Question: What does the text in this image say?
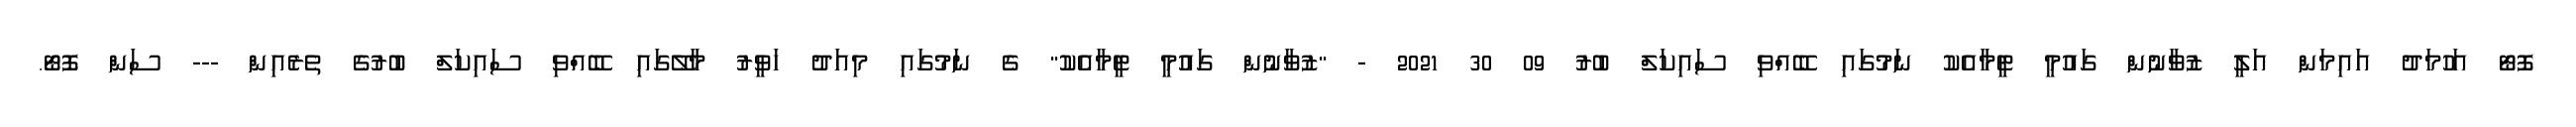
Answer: ފޮޓޯ އަހުމަދު އައިމަން އަލީ ޒުވާނުން ގައުމީ ޓީމާއެކު ނަމުގައި ބޭއްވި ސައިކަލް ބުރު 09 30 2021 - "ޒުވާނުން ގައުމީ ޓީމާއެކު" ގެ ނަމުގައި މިއަދު ހަވީރު މާލޭގައި ބޭއްވި ސައިކަލް ބުރުގެ ތެރެއިން --- ސަން ފޮޓޯ.